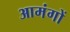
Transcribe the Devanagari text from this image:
आमंगों